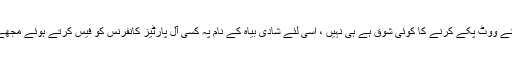
ایک تو لوگوں میں بیٹھ کر اپنے ووٹ پکے کرنے کا کوئی شوق ہے ہی نہیں ، اسی لئے شادی بیاہ کے نام پہ کسی آل پارٹیز کانفرنس کو فیس کرتے ہوئے مجھے خود پہ جبر کرنا پڑتا ہے ۔